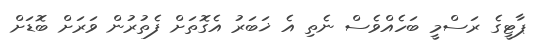
ޕާޓީގެ ރަސްމީ ބަހެއްވެސް ނެތި އެ ޚަބަރު އެގޮތަށް ފެތުރުން ވަރަށް ބޮޑަށް